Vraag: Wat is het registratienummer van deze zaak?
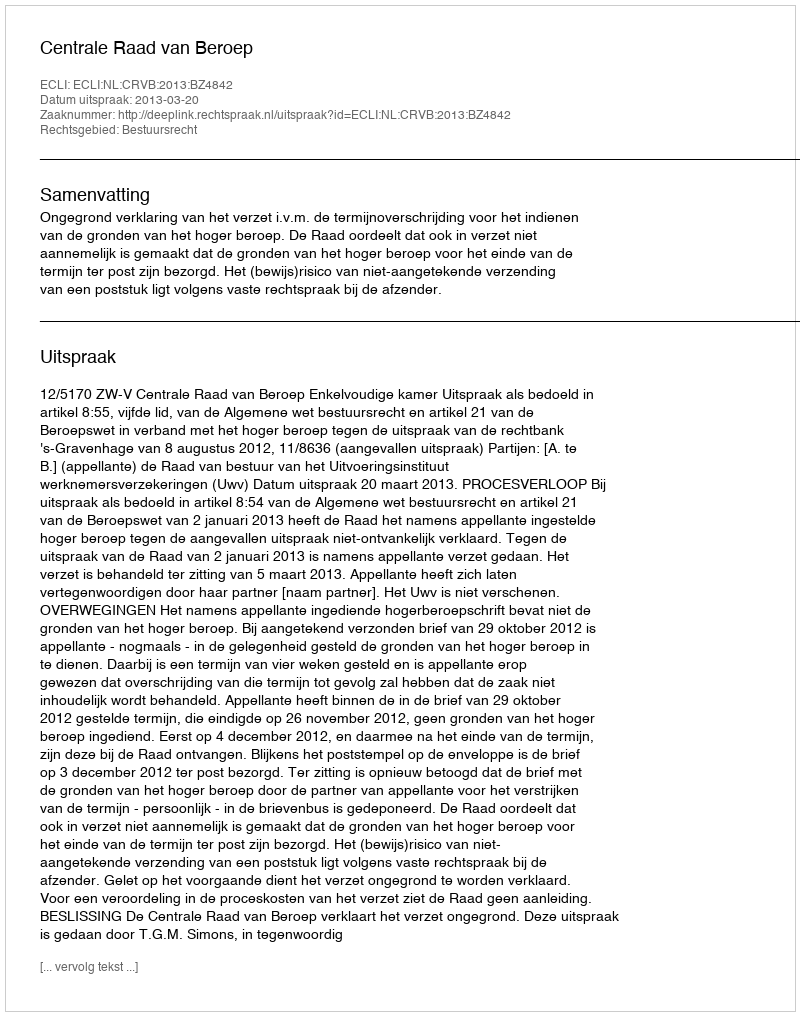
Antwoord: http://deeplink.rechtspraak.nl/uitspraak?id=ECLI:NL:CRVB:2013:BZ4842